Leaving Certificate Examination (including Day School Certificate (Higher) General paper), 1937
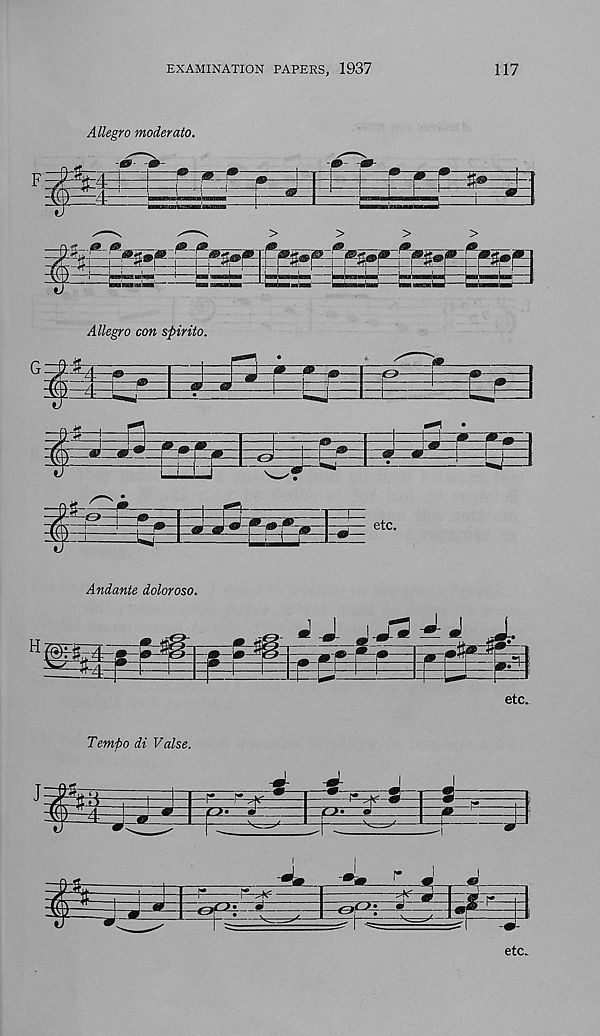
EXAMINATION PAPERS, 1937
117
Allegro moderato.
Allegro con sfiirito.
Andante doloroso.
etc.
Tempo di Valse.
etc.